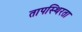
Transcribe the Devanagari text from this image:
तापस्थिरता